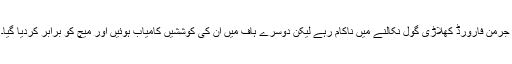
جرمن فارورڈ کھلاڑی گول نکالنے میں ناکام رہے لیکن دوسرے ہاف میں ان کی کوششیں کامیاب ہوئیں اور میچ کو برابر کردیا گیا۔